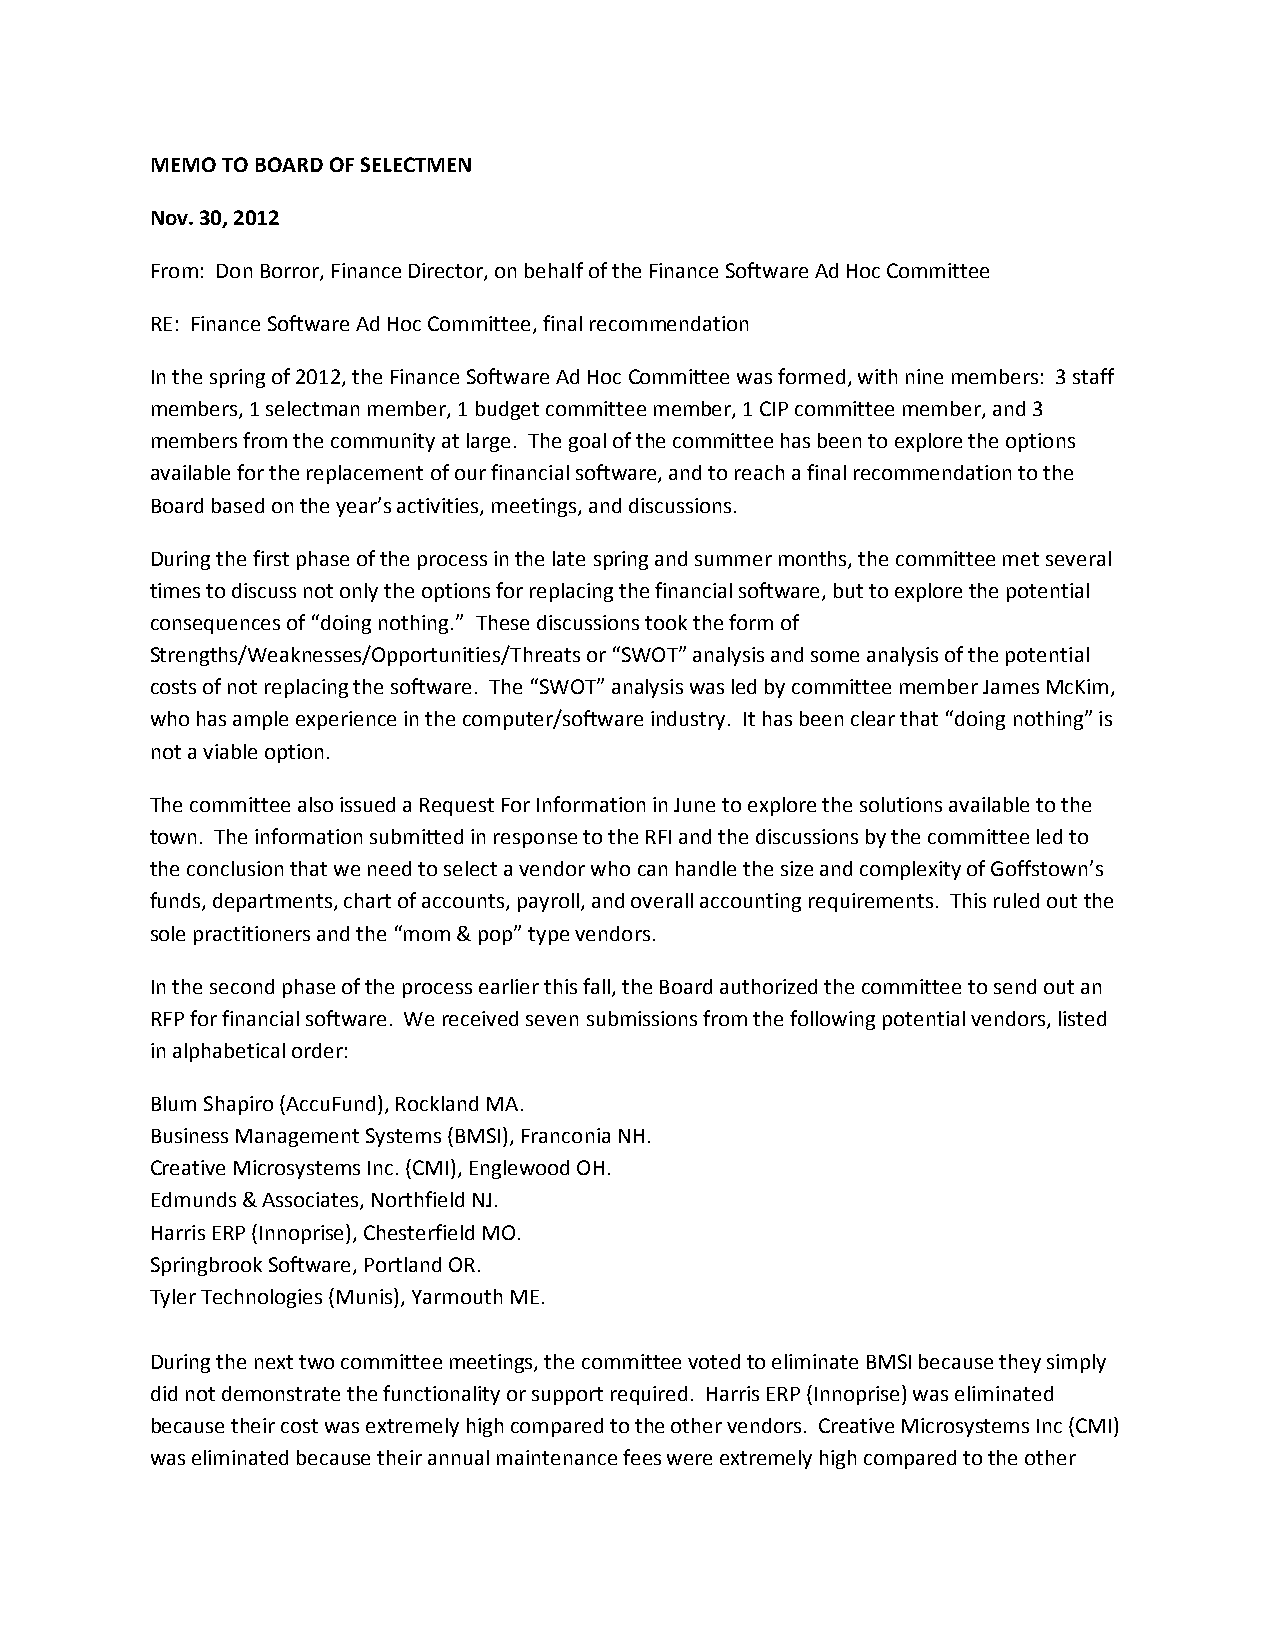
MEMO TO BOARD OF SELECTMEN
 Nov. 30, 2012
 From: Don Borror, Finance Director, on behalf of the Finance Software Ad Hoc Committee
 RE: Finance Software Ad Hoc Committee, final recommendation
 In the spring of 2012, the Finance Software Ad Hoc Committee was formed, with nine members: 3 staff
 members, 1 selectman member, 1 budget committee member, 1 CIP committee member, and 3
 members from the community at large. The goal of the committee has been to explore the options
 available for the replacement of our financial software, and to reach a final recommendation to the
 Board based on the year’s activities, meetings, and discussions.
 During the first phase of the process in the late spring and summer months, the committee met several
 times to discuss not only the options for replacing the financial software, but to explore the potential
 consequences of “doing nothing.” These discussions took the form of
 Strengths/Weaknesses/Opportunities/Threats or “SWOT” analysis and some analysis of the potential
 costs of not replacing the software. The “SWOT” analysis was led by committee member James McKim,
 who has ample experience in the computer/software industry. It has been clear that “doing nothing” is
 not a viable option.
 The committee also issued a Request For Information in June to explore the solutions available to the
 town. The information submitted in response to the RFI and the discussions by the committee led to
 the conclusion that we need to select a vendor who can handle the size and complexity of Goffstown’s
 funds, departments, chart of accounts, payroll, and overall accounting requirements. This ruled out the
 sole practitioners and the “mom & pop” type vendors.
 In the second phase of the process earlier this fall, the Board authorized the committee to send out an
 RFP for financial software. We received seven submissions from the following potential vendors, listed
 in alphabetical order:
 Blum Shapiro (AccuFund), Rockland MA.
 Business Management Systems (BMSI), Franconia NH.
 Creative Microsystems Inc. (CMI), Englewood OH.
 Edmunds & Associates, Northfield NJ.
 Harris ERP (Innoprise), Chesterfield MO.
 Springbrook Software, Portland OR.
 Tyler Technologies (Munis), Yarmouth ME.
 During the next two committee meetings, the committee voted to eliminate BMSI because they simply
 did not demonstrate the functionality or support required. Harris ERP (Innoprise) was eliminated
 because their cost was extremely high compared to the other vendors. Creative Microsystems Inc (CMI)
 was eliminated because their annual maintenance fees were extremely high compared to the other